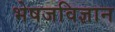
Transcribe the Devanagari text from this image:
भेषजविज्ञान